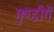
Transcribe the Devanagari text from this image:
गुण्डीगे